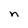
Character: n